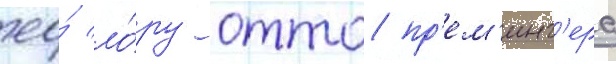
ео́ ло́ру отто пр'ем'инг'ера